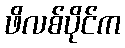
ဖိလစ်ပိုင်က